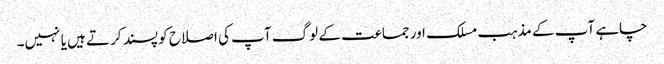
چاہے آپ کے مذہب مسلک اور جماعت کے لوگ آپ کی اصلاح کو پسند کرتے ہیں یا نہیں۔